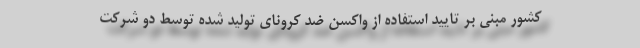
کشور مبنی بر تایید استفاده از واکسن ضد کرونای تولید شده توسط دو شرکت